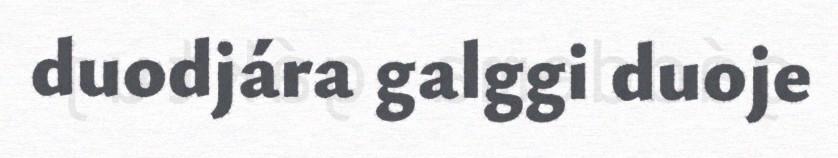
duodjára galggi duoje